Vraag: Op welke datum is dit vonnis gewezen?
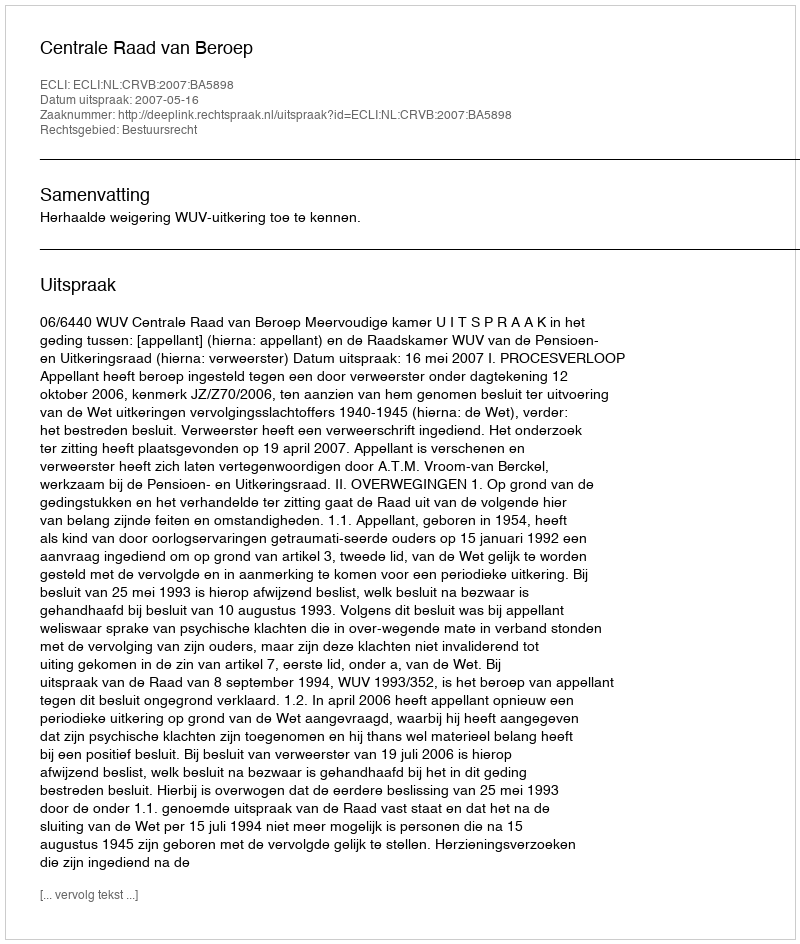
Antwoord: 2007-05-16